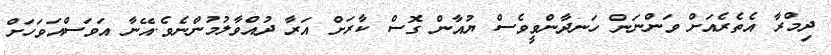
ދިމްރާ އެތެރެއަށް ވަންނަން ހަނދާންވީވެސް ޔުއާން ގޮސް ކާރަށް އަރާ ދުއްވާލުމުންނެވެ.އޭނާ އަވަސްއަވަހަށްް